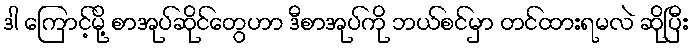
ဒါ ကြောင့်မို့ စာအုပ်ဆိုင်တွေဟာ ဒီစာအုပ်ကို ဘယ်စင်မှာ တင်ထားရမလဲ ဆိုပြီး